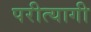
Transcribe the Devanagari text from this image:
परीत्यागी